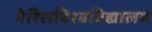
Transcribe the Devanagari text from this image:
पेरिसविश्वविद्यालय